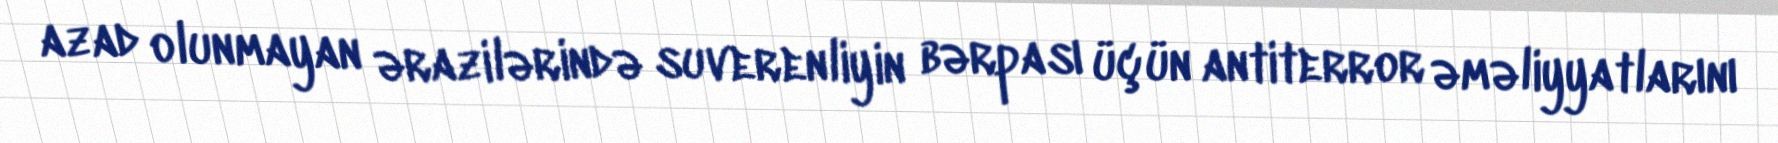
azad olunmayan ərazilərində suverenliyin bərpası üçün antiterror əməliyyatlarını